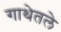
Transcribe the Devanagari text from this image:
गाथेतले